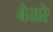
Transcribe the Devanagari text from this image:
बेयरे